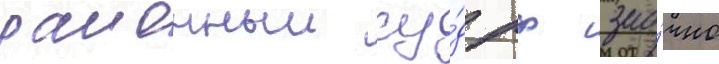
раионныи су́д рф зао́чно